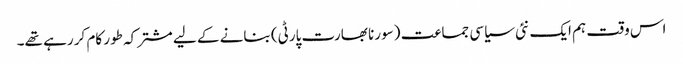
اس وقت ہم ایک نئی سیاسی جماعت (سورنا بھارت پارٹی) بنانے کے لیے مشترکہ طور کام کر رہے تھے۔